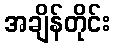
အချိန်တိုင်း